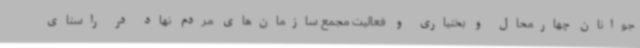
جوانان چهارمحال و بختیاری و فعالیت مجمع سازمان‌های مردم نهاد در راستای